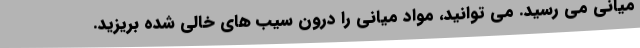
میانی می رسید. می توانید، مواد میانی را درون سیب های خالی شده بریزید.